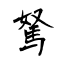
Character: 駑